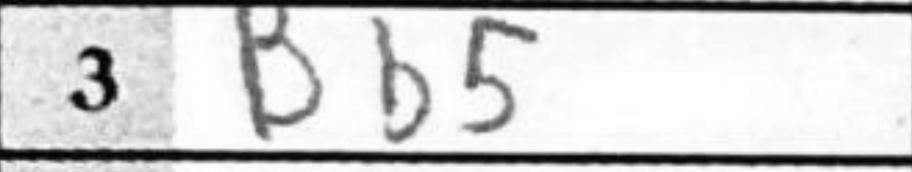
Transcription: Bb5